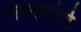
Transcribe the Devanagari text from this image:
केशवांचे